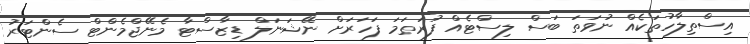
އިސްތިލާހުތަކެއް ނުވަތަ ބަސް ލިސްޓެއް ފުރަތަމަ ފަހަރަށް ނޭޝަނަލް ޑިޒާސްޓާ މެނޭޖްމެންޓް ސެންޓަރު